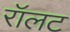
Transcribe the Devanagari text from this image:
रॉलट